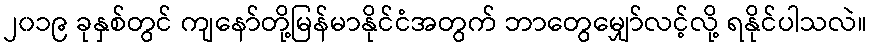
၂၀၁၉ ခုနှစ်တွင် ကျနော်တို့မြန်မာနိုင်ငံအတွက် ဘာတွေမျှော်လင့်လို့ ရနိုင်ပါသလဲ။